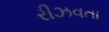
રીઝવતા